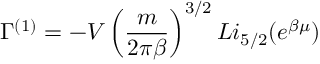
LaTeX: \Gamma ^ { ( 1 ) } = - V \left( \frac { m } { 2 \pi \beta } \right) ^ { 3 / 2 } L i _ { 5 / 2 } ( e ^ { \beta \mu } )